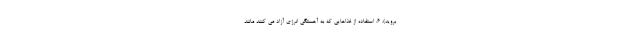
بروید). 6. استفاده از غذاهایی که به آهستگی انرژی آزاد می کنند مانند